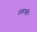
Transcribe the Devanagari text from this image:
पकास्की